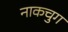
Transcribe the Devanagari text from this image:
नाकचुग